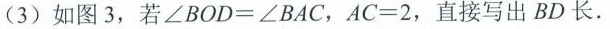
(3)如图3，若$$∠ B O D = ∠ B A C$$，$$A C = 2$$，直接写出BD长.